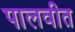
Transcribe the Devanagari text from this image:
पालवीत